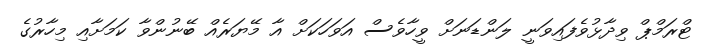
ޓްރަމްޕް ވިދާޅުވެފައިވަނީ ލަންޑަނަށް ވީހާވެސް އަވަހަކަށް އާ މޭޔަރެއް ބޭނުންވާ ކަމަށާއި މިހާރުގެ